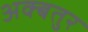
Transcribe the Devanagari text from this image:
अक्बतुर